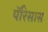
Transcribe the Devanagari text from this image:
पॅरिसास